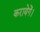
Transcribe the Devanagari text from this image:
करायेगें।